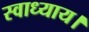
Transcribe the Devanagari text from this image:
स्वाध्याय।